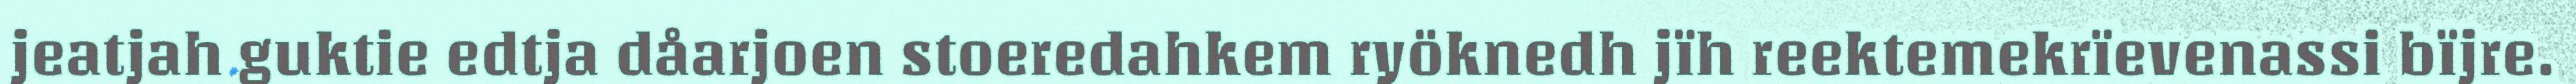
jeatjah guktie edtja dåarjoen stoeredahkem ryöknedh jïh reektemekrïevenassi bïjre.